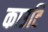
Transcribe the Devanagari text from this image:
काउटि